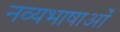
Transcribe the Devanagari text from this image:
नव्यभाषाओं